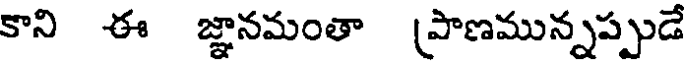
కాని ఈ జ్ఞానమంతా (పాణమున్నప్పుడే